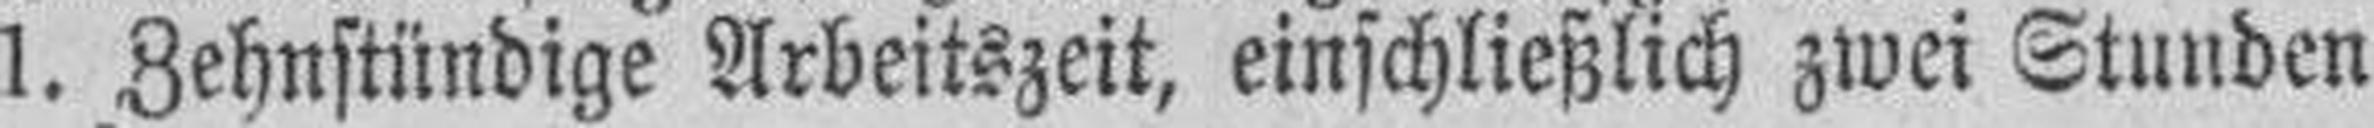
1. Zehnstündige Arbeitszeit, einschließlich zwei Stunden